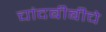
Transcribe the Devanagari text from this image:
चांदबीबीचे